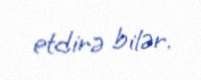
etdirə bilər.